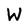
Character: W